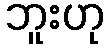
ဘူးဟု